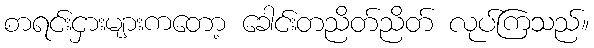
စာရင်းငှားများကတော့ ခေါင်းတညိတ်ညိတ် လုပ်ကြသည်။